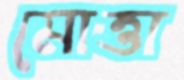
মোত্তা